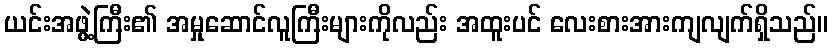
ယင်းအဖွဲ့ကြီး၏ အမှုဆောင်လူကြီးများကိုလည်း အထူးပင် လေးစားအားကျလျက်ရှိသည်။